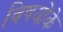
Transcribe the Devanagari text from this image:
विषयोंके